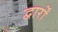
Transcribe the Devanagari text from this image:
द्वार्रों